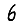
Digit: 6